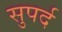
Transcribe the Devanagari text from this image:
सुपर्द